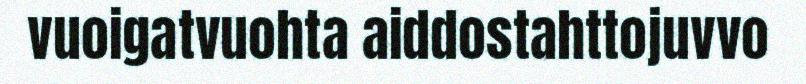
vuoigatvuohta aiddostahttojuvvo